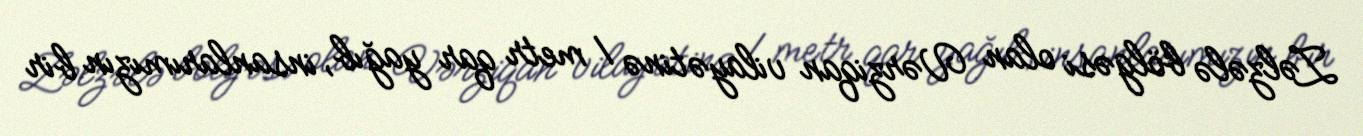
Zəlzələ bölgəsi olan Vərziqan vilayətinə 1 metr qar yağıb, insanlarımızın bir